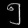
Digit: ၅